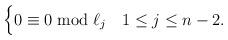
\begin{align*}\begin{cases} 0 \equiv 0 \bmod \ell_j & 1 \leq j \leq n-2.\end{cases}\end{align*}